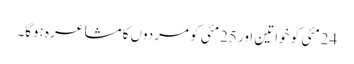
24مئی کو خواتین اور 25مئی کو مردوں کا مشاعرہ ہوگا۔